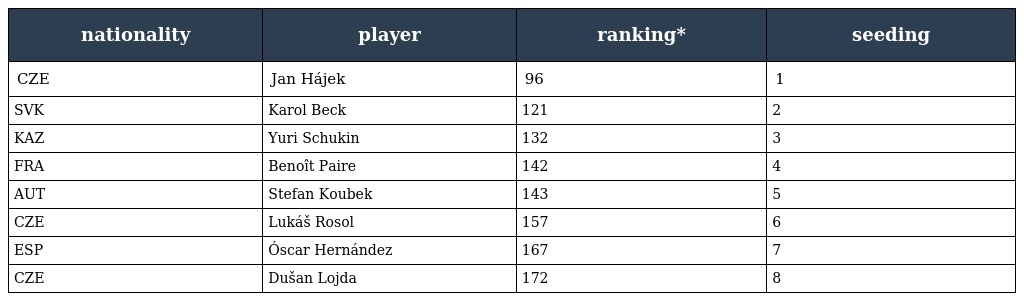
| nationality | player | ranking* | seeding |
 | --- | --- | --- | --- |
 | CZE | Jan Hájek | 96 | 1 |
 | SVK | Karol Beck | 121 | 2 |
 | KAZ | Yuri Schukin | 132 | 3 |
 | FRA | Benoît Paire | 142 | 4 |
 | AUT | Stefan Koubek | 143 | 5 |
 | CZE | Lukáš Rosol | 157 | 6 |
 | ESP | Óscar Hernández | 167 | 7 |
 | CZE | Dušan Lojda | 172 | 8 |